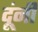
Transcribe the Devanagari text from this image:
दूंनी